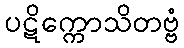
ပဋိက္ကောသိတဗ္ဗံ